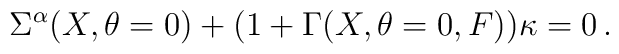
\Sigma^\alpha (X, \theta=0) +(1+\Gamma(X, \theta=0, F) )\kappa =0\,.